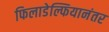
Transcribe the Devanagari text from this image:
फिलाडेल्फियानंतर